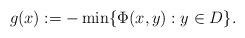
LaTeX: \begin{align*}g(x):=-\min\{\Phi(x,y): y\in D\}.\end{align*}